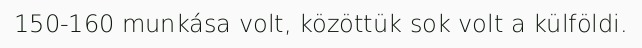
150-160 munkása volt, közöttük sok volt a külföldi.